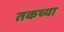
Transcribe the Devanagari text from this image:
तकच्या